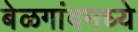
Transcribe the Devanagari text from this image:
बेळगांवमध्ये